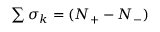
\begin{array} { r } { \sum \sigma _ { k } = ( N _ { + } - N _ { - } ) } \end{array}